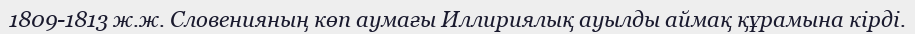
1809-1813 ж.ж. Словенияның көп аумағы Иллириялық ауылды аймақ құрамына кірді.